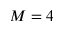
M = 4